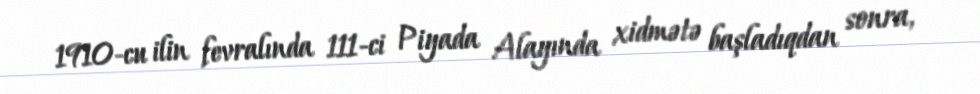
1910-cu ilin fevralında 111-ci Piyada Alayında xidmətə başladıqdan sonra,